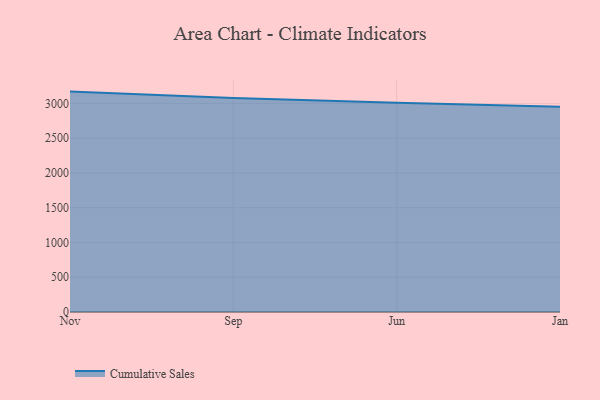
{"axis": {"x": "Month", "y": "Energy Usage (MWh)"}, "legend": ["Cumulative Sales"], "data": [{"x": "Nov", "y": 3170.1, "type": "Cumulative Sales"}, {"x": "Sep", "y": 3078.1, "type": "Cumulative Sales"}, {"x": "Jun", "y": 3009.4, "type": "Cumulative Sales"}, {"x": "Jan", "y": 2953.6, "type": "Cumulative Sales"}]}